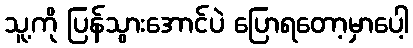
သူ့ကို ပြန်သွားအောင်ပဲ ပြောရတော့မှာပေါ့